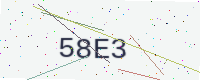
Text: 58E3